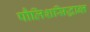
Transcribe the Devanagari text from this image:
पौलिशसिद्धान्त